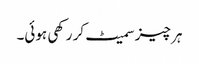
ہر چیز سمیٹ کر رکھی ہوئی۔